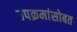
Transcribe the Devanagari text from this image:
उपक्रमांसोबत